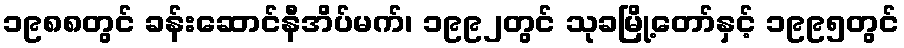
၁၉၈၈တွင် ခန်းဆောင်နီအိပ်မက်၊ ၁၉၉၂တွင် သုခမြို့တော်နှင့် ၁၉၉၅တွင်